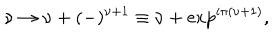
\nu \rightarrow \nu + ( - ) ^ { \nu + 1 } \equiv \nu + \exp ^ { i \pi { ( \nu + 1 } ) } ,